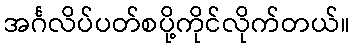
အင်္ဂလိပ်ပတ်စပို့ကိုင်လိုက်တယ်။